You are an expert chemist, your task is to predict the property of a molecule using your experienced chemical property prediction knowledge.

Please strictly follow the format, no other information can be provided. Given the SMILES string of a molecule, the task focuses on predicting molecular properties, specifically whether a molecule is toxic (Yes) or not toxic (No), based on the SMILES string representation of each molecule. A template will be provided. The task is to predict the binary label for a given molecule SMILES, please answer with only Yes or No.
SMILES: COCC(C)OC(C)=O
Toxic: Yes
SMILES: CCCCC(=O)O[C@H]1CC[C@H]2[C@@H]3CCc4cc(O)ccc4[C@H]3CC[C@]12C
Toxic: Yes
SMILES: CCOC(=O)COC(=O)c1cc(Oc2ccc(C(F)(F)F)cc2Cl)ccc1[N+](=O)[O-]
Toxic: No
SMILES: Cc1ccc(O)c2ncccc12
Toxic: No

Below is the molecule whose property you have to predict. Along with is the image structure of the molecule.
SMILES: C[C@@H]1C[C@H]2[C@@H]3CCC4=CC(=O)C=C[C@]4(C)[C@@]3(F)[C@@H](O)C[C@]2(C)[C@@]1(O)C(=O)COC(=O)c1ccncc1
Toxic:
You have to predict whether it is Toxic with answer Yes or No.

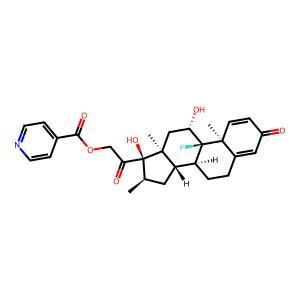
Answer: No